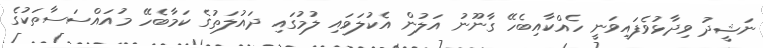
ނަޝީދު ވިދާޅުވެފައިވަނީ ހެއްކާއިބެހޭ ގާނޫނު އަލުން އެކުލަވައި ލުމުގައި ދައުލަތުގެ ކަމާބެހޭ މުއައްސަސާތަކުގެ